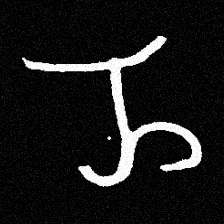
Pyu character \u2014 Myanmar letter: ည (romanized: nya)